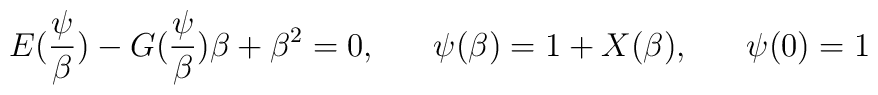
E(\frac{\psi}{\beta}) -G(\frac{\psi}{\beta})\beta + \beta^{2} = 0, \;\;\;\;\;\;\psi(\beta)=1+X(\beta), \;\;\;\;\;\;\psi(0)=1